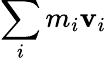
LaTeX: \, \! \sum_{i}m_{i}\mathbf{v}_{i}